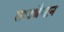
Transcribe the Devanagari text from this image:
साउथैप्टन